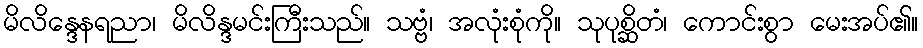
မိလိန္ဒေနရညာ၊ မိလိန္ဒမင်းကြီးသည်။ သဗ္ဗံ၊ အလုံးစုံကို။ သုပုစ္ဆိတံ၊ ကောင်းစွာ မေးအပ်၏။